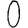
Digit: 0